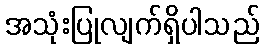
အသုံးပြုလျက်ရှိပါသည်